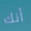
أنك